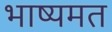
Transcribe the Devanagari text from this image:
भाष्यमत